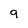
Character: 9